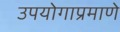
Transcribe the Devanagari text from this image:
उपयोगाप्रमाणे